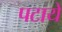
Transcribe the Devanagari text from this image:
पटाये